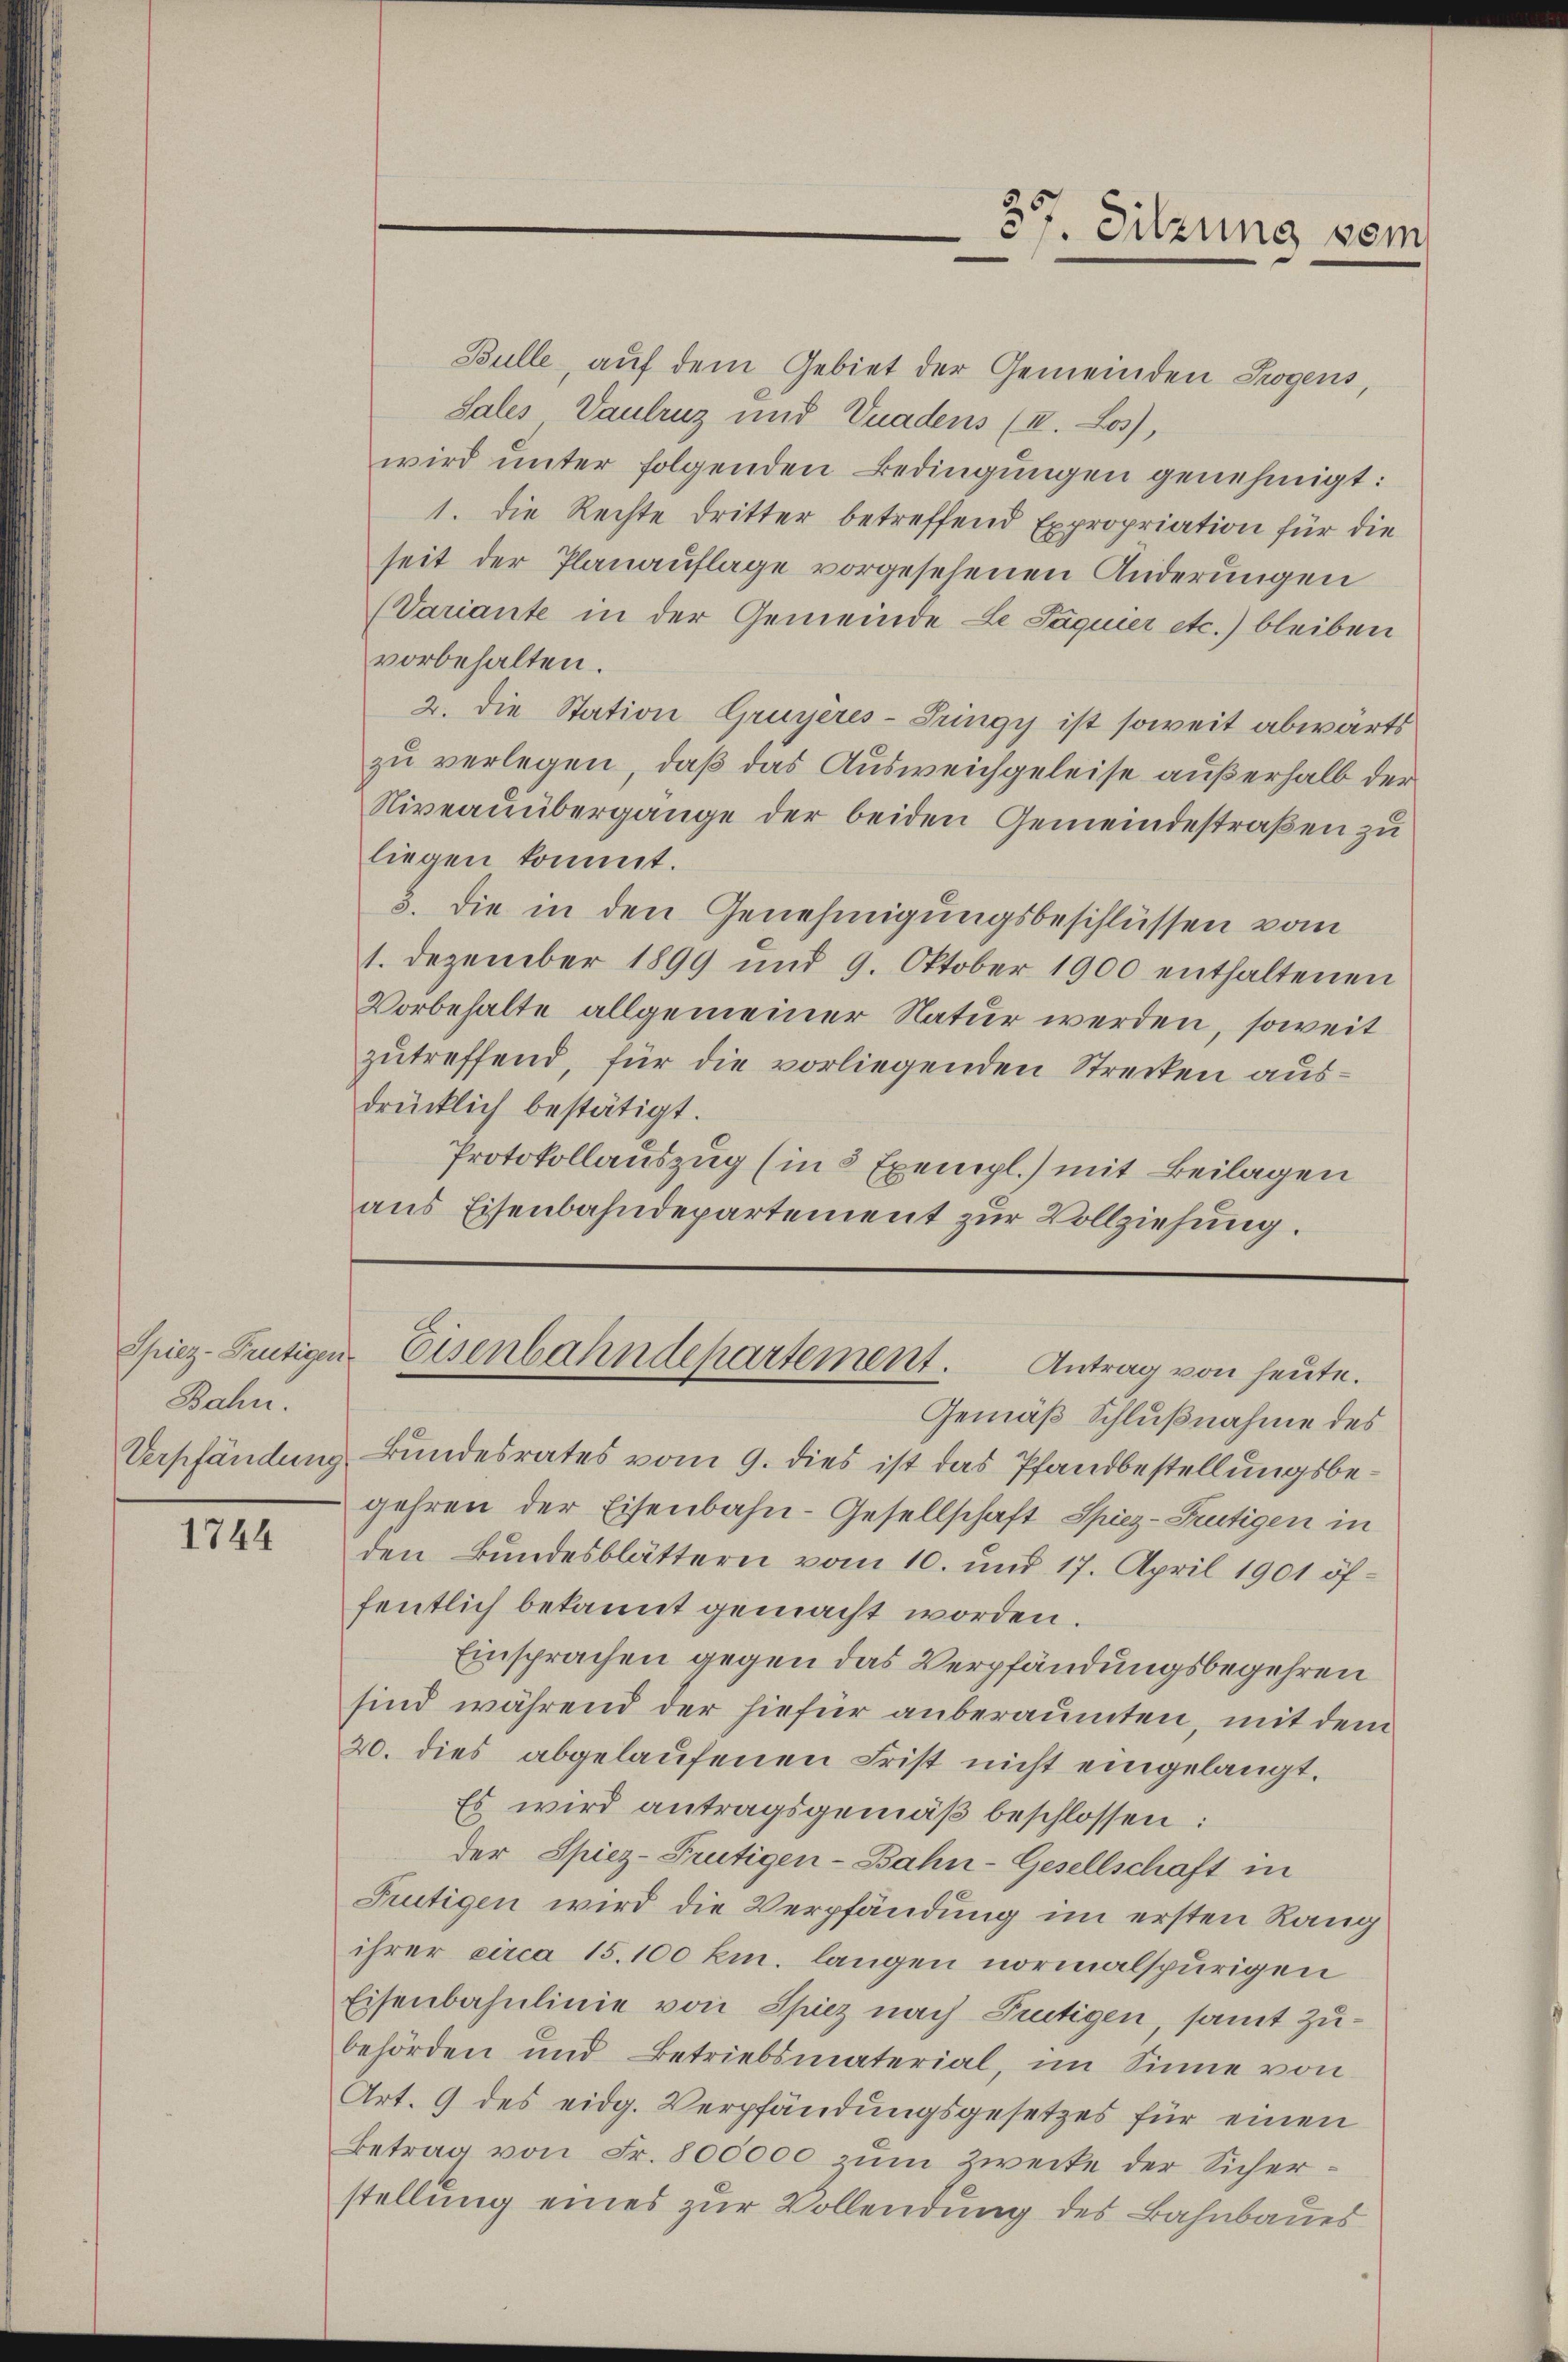
Bahn.

1744

Bulle, auf dem Gebiet der Gemeinden Trogens,
Sales Vaulruz und Vnadens (I. Los),
wird unter folgenden Bedingungen genehmigt:
1. Die Rechte dritter betreffend Expropriation für die
seit der Planauflage vorgesehenen Änderungen
(Variante in der Gemeinde Le Jaquier etc.) bleiben
vorbehalten.
2. Die Station Gruyères-Tringy ist soweit abwärts
zu verlegen, daß das Ausweichgeleise außerhalb der
Niveauübergange der beiden Gemeindestraßen zu
liegen kommt.
3. die in den Genehmigungsbeschlüssen vom
1. Dezember 1899 und 9. Oktober 1900 enthaltenen
Vorbehalte allgemeiner Natur werden, soweit
zutreffend, für die vorliegenden Strecken ausdrücklich bestätigt.
Protokollauszug (in 8 Exempl.) mit Beilagen
aus Eisenbahndepartement zur Vollziehung.

Gemäß Schlußnahme des
Verpfändung Bundesrates vom 9. dies ist das Pfandbestellungsbegehren der Eisenbahn-Gesellschaft Spiez-Frutigen in
den Bundesblättern vom 10. und 17. April 1901 öffentlich bekannt gemacht worden.
Einsprachen gegen das Verpfändungsbegehren
sind während der hiefür anberaumten, mit dem
20. dies abgelaufenen Frist nicht eingelangt.
Es wird antragsgemäβ beschlossen:
der Spiez-Frutigen-Bahn-Gesellschaft in
Frutigen wird die Verpfändung im ersten Rang
ihrer circa 15. 100 km. langen normalspurigen
Eisenbahnlinie von Spiez nach Trutigen, samt zubehörden und Betriebsmaterial, im Sinne von
Art. 9 des eidg. Verpfändungsgesetzes für einen
Betrag von Fr. 800000 zum Zwecke der Sicherstellung eines zur Vollendung des Bahnbaues

377. Sitzung vom

Spiez-Frutigen Eisenbahndepartement. Antrag von heute.